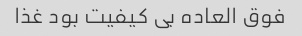
فوق العاده بی کیفیت بود غذا